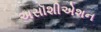
અસૉશીએશન